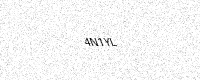
Text: 4N1YL